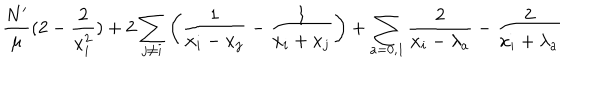
LaTeX: \frac { N ^ { \prime } } { \mu } ( 2 - \frac 2 { x _ { i } ^ { 2 } } ) + 2 \sum _ { j \neq i } \left( \frac 1 { x _ { i } - x _ { j } } - \frac 1 { x _ { i } + x _ { j } } \right) + \sum _ { a = 0 , 1 } \frac 2 { x _ { i } - \lambda _ { a } } - \frac 2 { x _ { i } + \lambda _ { a } }